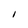
Character: I